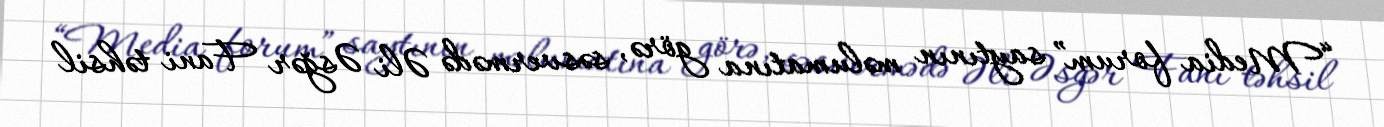
“Media forum” saytının məlumatına görə, səsvermədə Əli Əsğər Fani təhsil